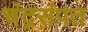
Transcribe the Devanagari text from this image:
चंद्रसंपत